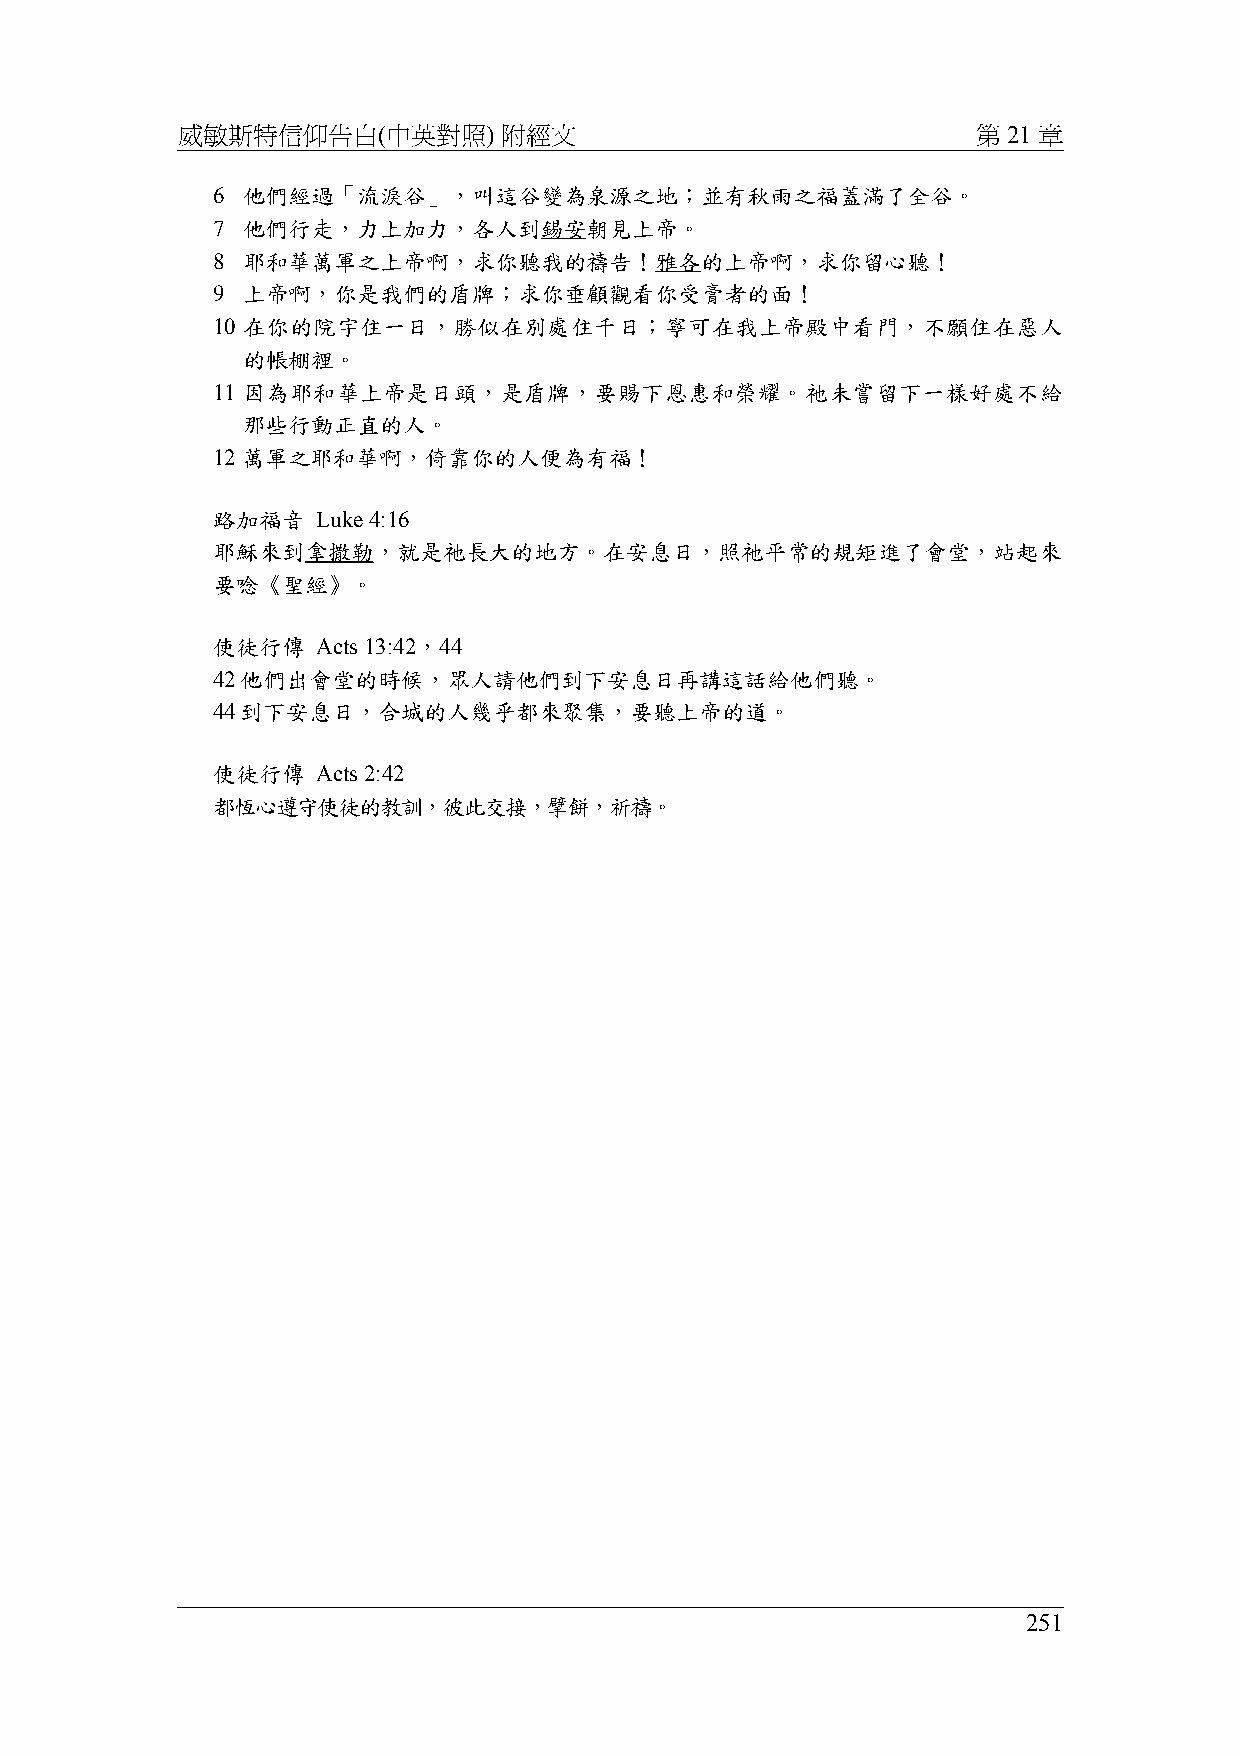
威敏斯特信仰告白(中英對照)       附經文                             第 21 章
 6 他們經過「流淚谷」，叫這谷變為泉源之地；並有秋雨之福蓋滿了全谷。
 7 他們行走，力上加力，各人到錫安朝見上帝。
 8 耶和華萬軍之上帝啊，求你聽我的禱告！雅各的上帝啊，求你留心聽！
 9 上帝啊，你是我們的盾牌；求你垂顧觀看你受膏者的面！
 10 在你的院宇住一日，勝似在別處住千日；寧可在我上帝殿中看門，不願住在惡人
 的帳棚裡。
 11 因為耶和華上帝是日頭，是盾牌，要賜下恩惠和榮耀。祂未嘗留下一樣好處不給
 那些行動正直的人。
 12 萬軍之耶和華啊，倚靠你的人便為有福！
 路加福音   Luke 4:16
 耶穌來到拿撒勒，就是祂長大的地方。在安息日，照祂平常的規矩進了會堂，站起來
 要唸《聖經》。
 使徒行傳   Acts 13:42，44
 42他們出會堂的時候，眾人請他們到下安息日再講這話給他們聽。
 44到下安息日，合城的人幾乎都來聚集，要聽上帝的道。
 使徒行傳   Acts 2:42
 都恆心遵守使徒的教訓，彼此交接，擘餅，祈禱。
 251